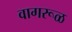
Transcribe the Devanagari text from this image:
वागरूळ